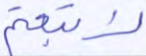
لاتبعتم